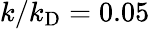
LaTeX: k/k_{\mathrm{D}}=0.05